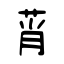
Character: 莦